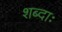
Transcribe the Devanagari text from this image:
शब्दाः